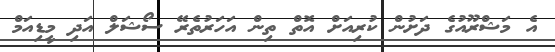
އެ މަޝްރޫއުގެ ދަށުން ކުރިއަށް އޮތް ތިން އަހަރުތެރޭ ސޯޝަލް އަދި މީޑިއަމް